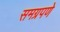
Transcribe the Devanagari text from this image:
समग्रपणे